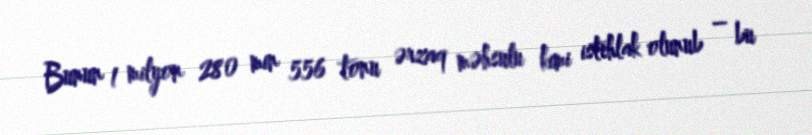
Bunun 1 milyon 280 min 556 tonu ərzaq məhsulu kimi istehlak olunub – bu